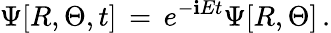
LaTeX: \Psi[R,\Theta,t]\, =\, e^{-\mathbf{i}Et}\Psi[R,\Theta]\, .